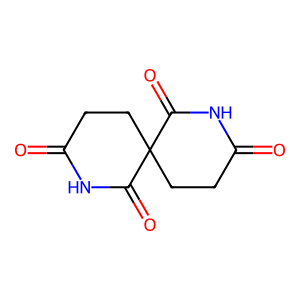
SMILES: O=C1CCC2(CCC(=O)NC2=O)C(=O)N1
Inhibits HIV replication: No